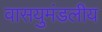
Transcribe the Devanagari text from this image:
वासयुमंडलीय